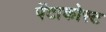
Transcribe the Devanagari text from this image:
पेंटाकोस्ट